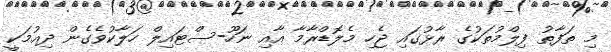
މި ތަފާތު ފިލްމުތަކުގެ ރާޅުގައި ޖެހި މެލޮޑްރާމާ އާއި ނަހޫ-ސްޓައިލް ހަލާކުވެގެން ދިއުމަކީ